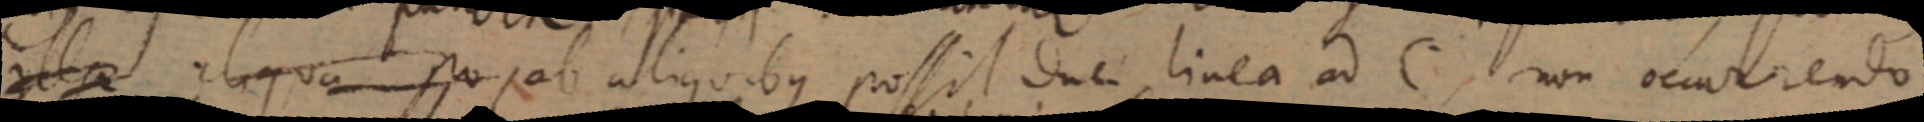
illa aliqua pro ab aliquibus possit duci linea ad C, non occurrendo